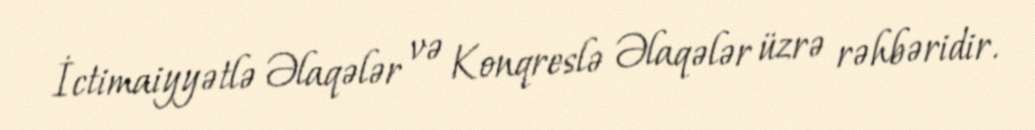
İctimaiyyətlə Əlaqələr və Konqreslə Əlaqələr üzrə rəhbəridir.